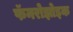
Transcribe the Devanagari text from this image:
फॅनरोझोइक